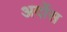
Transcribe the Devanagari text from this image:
अर्दोस